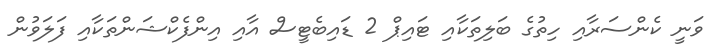
ވަނީ ކެންސަރާއި ހިތުގެ ބަލިތަކާއި ޓައިޕް 2 ޑައިބެޓީސް އާއި އިންފެކްޝަންތަކާއި ފަލަވުން